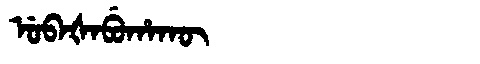
Manchu: ᡠᠪᠠᡧᠠᠪᡠᡥᠠᡴᡡ
Romanization: UBAŠABUHAKŪ